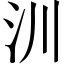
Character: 汌